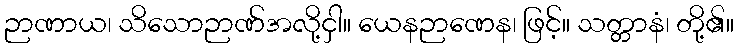
ဉာဏာယ၊ သိသောဉာဏ်အလို့ငှါ။ ယေနဉာဏေန၊ ဖြင့်။ သတ္တာနံ၊ တို့၏။